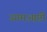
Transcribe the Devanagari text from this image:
उगमआष्टी